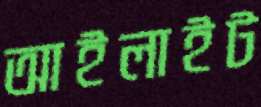
আইলাইট